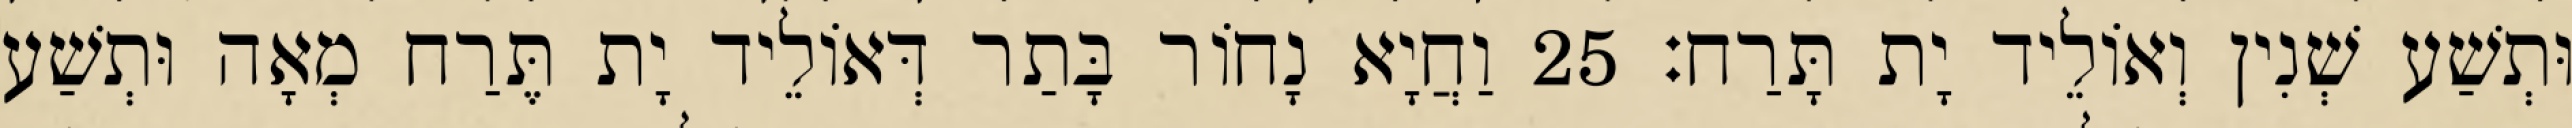
וּתְשַׁע שְׁנִין וְאוֹלֵיד יָת תָּרַח׃ 25 וַחֲיָא נָחוֹר בָּתַר דְּאוֹלֵיד יָת תֶּרַח מְאָה וּתְשַׁע